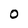
Character: O